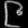
Digit: ၉